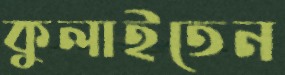
কুলাইতেন